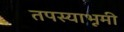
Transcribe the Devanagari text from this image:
तपस्याभूमी